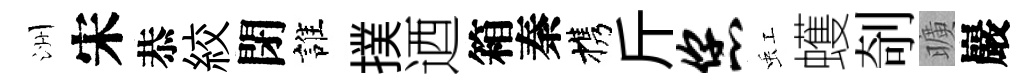
洲宋恭絞閉誰撲迺箱秦携斤您虹蠖剞曠巖